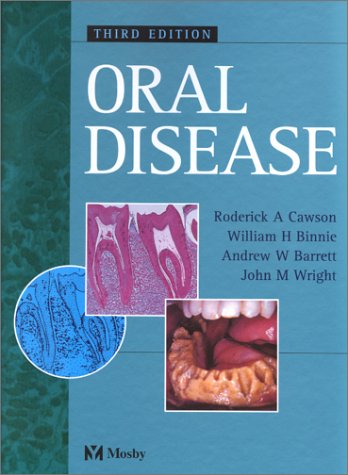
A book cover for Oral Disease; Roderick A. Cawson MD  FDSRCS  FDSRCPS(Glas)  FRCPath  FAAOMP; Medical Books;